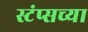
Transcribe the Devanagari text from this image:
स्टंप्सच्या